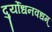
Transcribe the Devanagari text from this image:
दुर्योधनवधम्